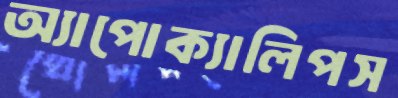
অ্যাপোক্যালিপস